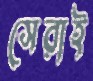
সেরাই